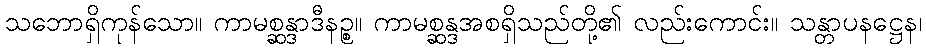
သဘောရှိကုန်သော။ ကာမစ္ဆန္ဒာဒီနဉ္စ။ ကာမစ္ဆန္ဒအစရှိသည်တို့၏ လည်းကောင်း။ သန္တာပနဋ္ဌေန၊